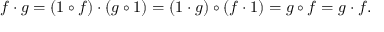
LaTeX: f \cdot g = ( 1 \circ f ) \cdot ( g \circ 1 ) = ( 1 \cdot g ) \circ ( f \cdot 1 ) = g \circ f = g \cdot f .